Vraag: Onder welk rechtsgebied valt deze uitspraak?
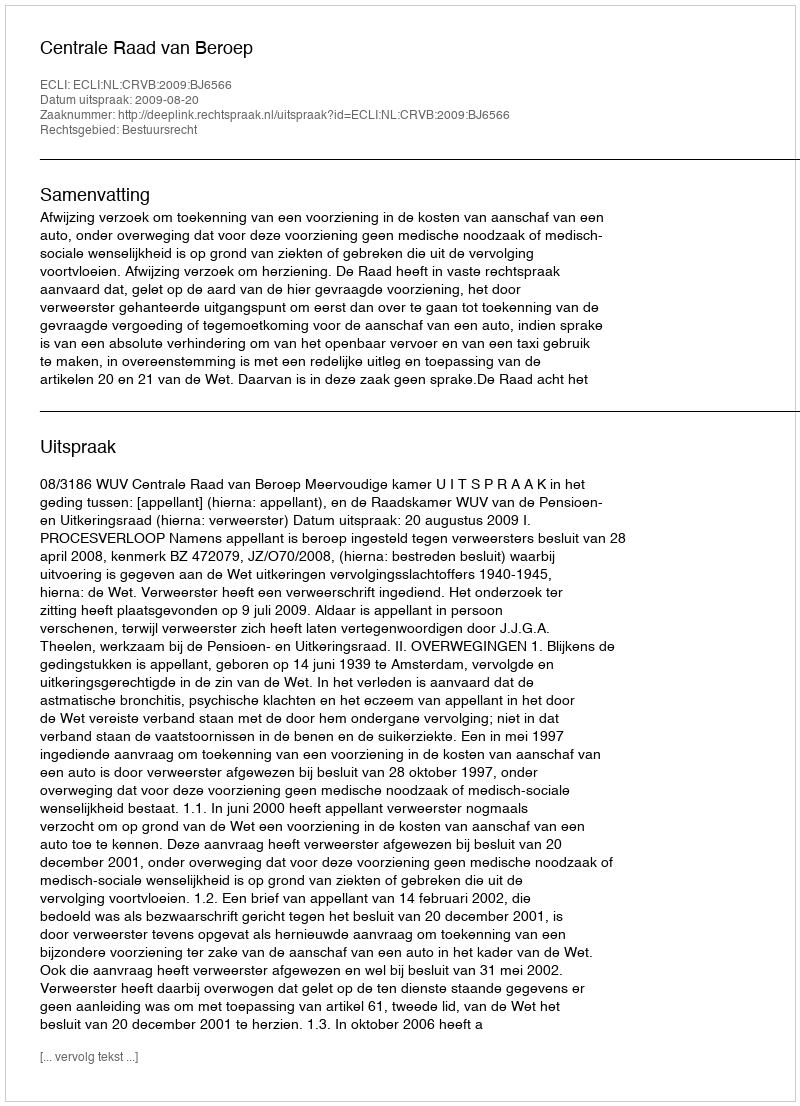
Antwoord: Bestuursrecht